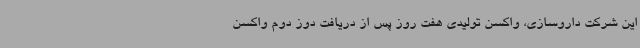
این شرکت داروسازی، واکسن تولیدی هفت روز پس از دریافت دوز دوم واکسن